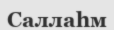
Саллаһм